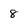
Character: 8